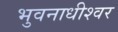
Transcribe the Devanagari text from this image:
भुवनाधीश्वर